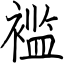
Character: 褴